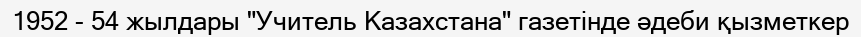
1952 - 54 жылдары "Учитель Казахстана" газетінде әдеби қызметкер